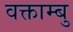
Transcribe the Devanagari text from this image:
वक्ताम्बु